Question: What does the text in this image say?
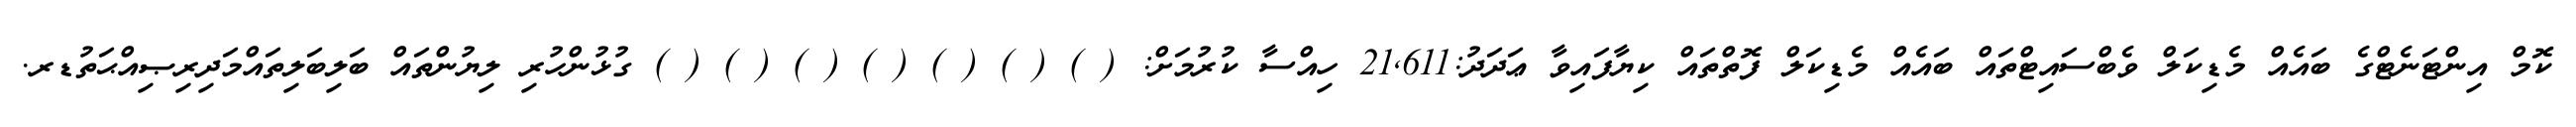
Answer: ކޮމް އިންޓަނެޓްގެ ބައެއް މެޑިކަލް ވެބްސައިޓްތައް ބައެއް މެޑިކަލް ފޮތްތައް ކިޔާފައިވާ ޢަދަދު:21,611 ހިއްސާ ކުރުމަށް: ( ) ( ) ( ) ( ) ( ) ( ) ( ) ގުޅުންހުރި ލިޔުންތައް ބަލިބަލިތައްމަދިރިޞިއްޙަތުޑރ.